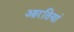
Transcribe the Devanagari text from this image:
आरतियां